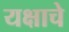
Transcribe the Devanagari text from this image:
यक्षाचे